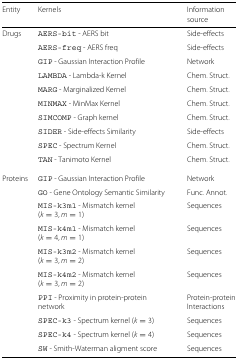
<table><thead><tr><td><b>Entity</b></td><td><b>Kernels</b></td><td><b>Information</b></td></tr><tr><td>[EMPTY_CELL]</td><td>[EMPTY_CELL]</td><td><b>source</b></td></tr></thead><tbody><tr><td>Drugs</td><td>AERS-bit - AERS bit</td><td>Side-effects</td></tr><tr><td>[EMPTY_CELL]</td><td>AERS-freq - AERS freq</td><td>Side-effects</td></tr><tr><td>[EMPTY_CELL]</td><td>GIP - Gaussian Interaction Profile</td><td>Network</td></tr><tr><td>[EMPTY_CELL]</td><td>LAMBDA - Lambda-k Kernel</td><td>Chem. Struct.</td></tr><tr><td>[EMPTY_CELL]</td><td>MARG - Marginalized Kernel</td><td>Chem. Struct.</td></tr><tr><td>[EMPTY_CELL]</td><td>MINMAX - MinMax Kernel</td><td>Chem. Struct.</td></tr><tr><td>[EMPTY_CELL]</td><td>SIMCOMP - Graph kernel</td><td>Chem. Struct.</td></tr><tr><td>[EMPTY_CELL]</td><td>SIDER - Side-effects Similarity</td><td>Side-effects</td></tr><tr><td>[EMPTY_CELL]</td><td>SPEC - Spectrum Kernel</td><td>Chem. Struct.</td></tr><tr><td>[EMPTY_CELL]</td><td>TAN - Tanimoto Kernel</td><td>Chem. Struct.</td></tr><tr><td>Proteins</td><td>GIP - Gaussian Interaction Profile</td><td>Network</td></tr><tr><td>[EMPTY_CELL]</td><td>GO - Gene Ontology Semantic Similarity</td><td>Func. Annot.</td></tr><tr><td>[EMPTY_CELL]</td><td>MIS-k3m1 - Mismatch kernel (<i>k</i>=3,<i>m</i>=1)</td><td>Sequences</td></tr><tr><td>[EMPTY_CELL]</td><td>MIS-k4m1 - Mismatch kernel (<i>k</i>=4,<i>m</i>=1)</td><td>Sequences</td></tr><tr><td>[EMPTY_CELL]</td><td>MIS-k3m2 - Mismatch kernel (<i>k</i>=3,<i>m</i>=2)</td><td>Sequences</td></tr><tr><td>[EMPTY_CELL]</td><td>MIS-k4m2 - Mismatch kernel (<i>k</i>=3,<i>m</i>=2)</td><td>Sequences</td></tr><tr><td>[EMPTY_CELL]</td><td>PPI - Proximity in protein-protein network</td><td>Protein-protein Interactions</td></tr><tr><td>[EMPTY_CELL]</td><td>SPEC-k3 - Spectrum kernel (<i>k</i>=3)</td><td>Sequences</td></tr><tr><td>[EMPTY_CELL]</td><td>SPEC-k4 - Spectrum kernel (<i>k</i>=4)</td><td>Sequences</td></tr><tr><td>[EMPTY_CELL]</td><td>SW - Smith-Waterman aligment score</td><td>Sequences</td></tr></tbody></table>